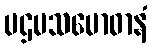
ပဌမသမောဓာနံ